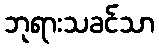
ဘုရားသခင်သာ